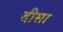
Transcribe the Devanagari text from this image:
दीसा